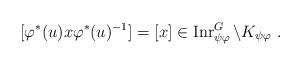
LaTeX: \begin{align*}[\varphi^\ast(u)x\varphi^\ast(u)^{-1}]=[x]\in\operatorname{Inr}^G_{\psi\varphi}\backslash K_{\psi\varphi}\ .\end{align*}